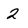
Character: 2